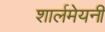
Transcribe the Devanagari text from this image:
शार्लमेयनी